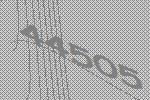
44505